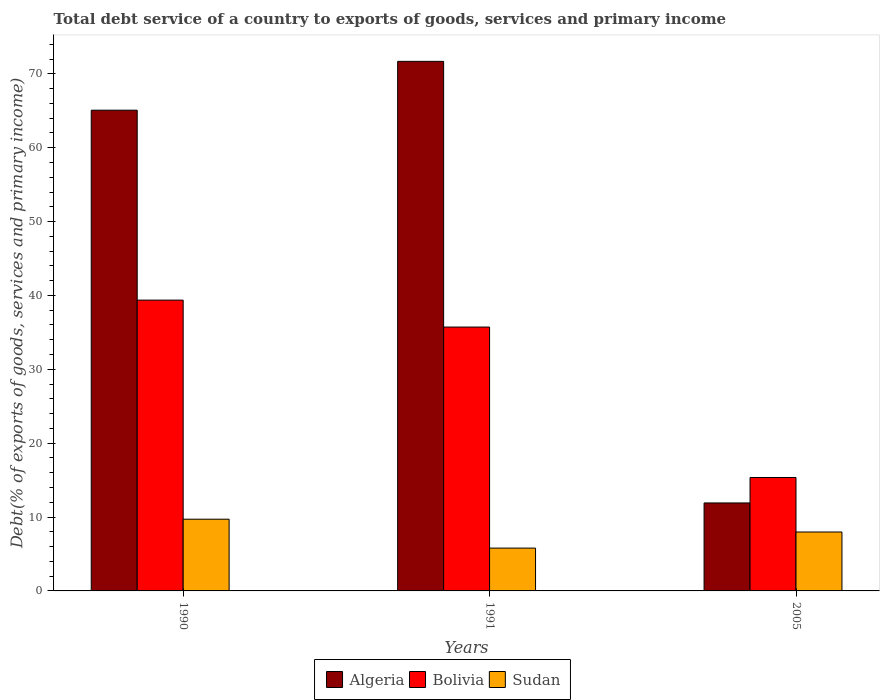
| Years | Algeria | Bolivia | Sudan |
 | --- | --- | --- | --- |
 | 1990 | 65.1 | 39.4 | 9.71 |
 | 1991 | 71.7 | 35.7 | 5.8 |
 | 2005 | 11.9 | 15.4 | 7.98 |